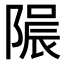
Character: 𨻟